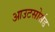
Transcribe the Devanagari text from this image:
आउटसोर्सड